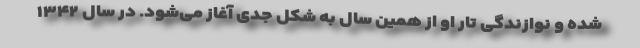
شده و نوازندگی تار او از همین سال به شکل جدی آغاز می‌شود. در سال ۱۳۴۲